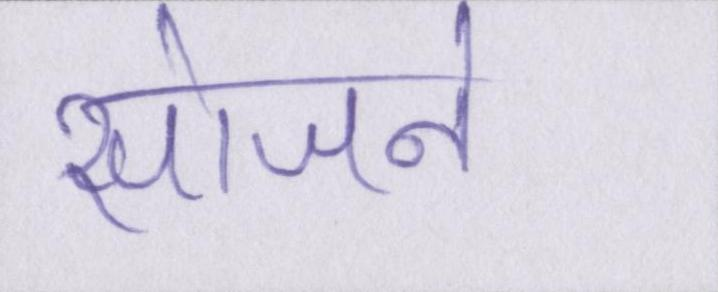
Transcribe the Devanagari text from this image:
सोजने